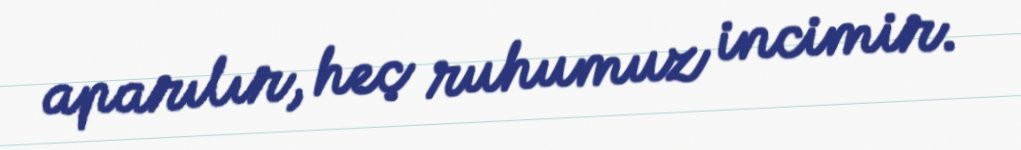
aparılır, heç ruhumuz incimir.